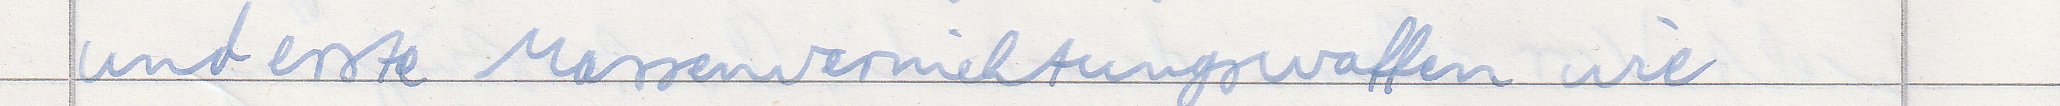
und erste Massenvernichtungswaffen wie